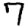
Digit: 7